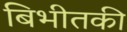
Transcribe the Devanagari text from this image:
बिभीतकी